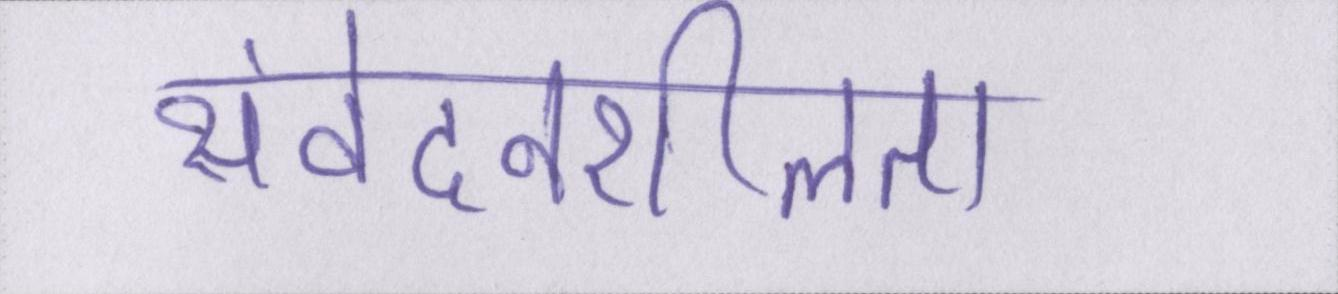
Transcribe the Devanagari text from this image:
संवेदनशीलता